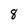
Character: 8